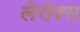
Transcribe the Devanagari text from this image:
लेरोक्स